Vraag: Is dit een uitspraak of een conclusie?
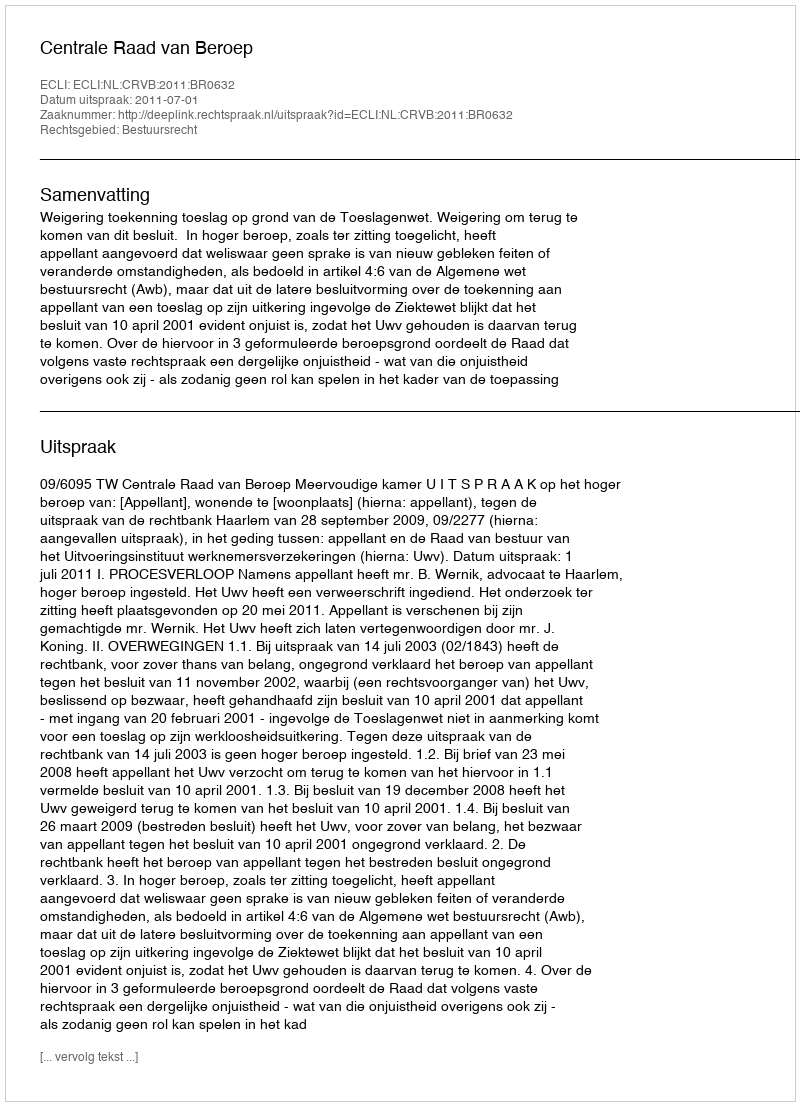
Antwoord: Uitspraak